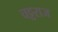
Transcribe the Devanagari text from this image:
चट्टराज